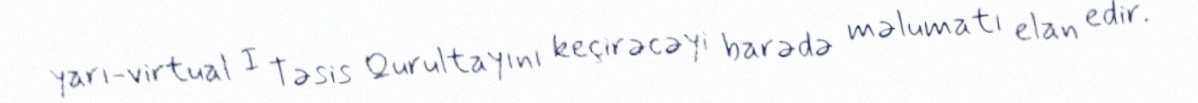
yarı-virtual I Təsis Qurultayını keçirəcəyi barədə məlumatı elan edir.